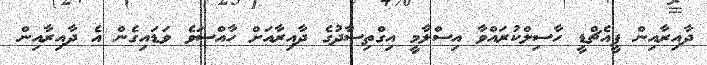
ދާއިރާއިން ޕީއެޗްޑީ ހާސިލްކުރައްވާ އިސްލާމީ އިގްތިސާދުގެ ދާއިރާއަށް ހާއްސަވެ ވަޑައިގެން އެ ދާއިރާއިން